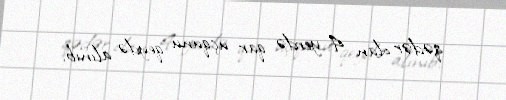
qədər olan 4 yerdə qar uçqunu qeydə alınıb.